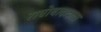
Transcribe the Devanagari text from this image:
राघोबादादाला